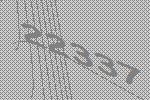
22337